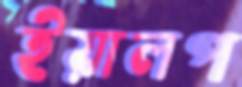
ইয়ালপ